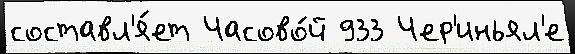
составл'я́ет Часово́й 933 Чер'иньял'е